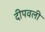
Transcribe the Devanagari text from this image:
दीपवली